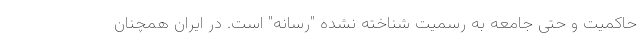
حاکمیت و حتی جامعه به رسمیت شناخته نشده "رسانه" است. در ایران همچنان